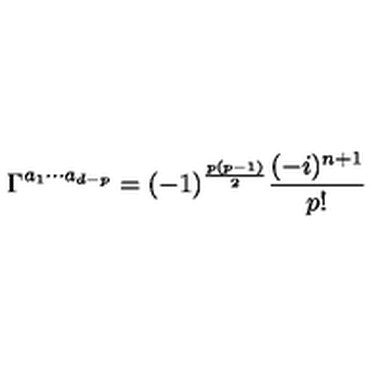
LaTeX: \Gamma ^ { a _ { 1 } \cdots a _ { d - p } } = ( - 1 ) ^ { \frac { p ( p - 1 ) } { 2 } } \frac { ( - i ) ^ { n + 1 } } { p ! }